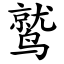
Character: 鹫